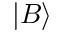
\left\vert B \right\rangle